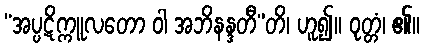
“အပ္ပဋိက္ကူလတော ဝါ အဘိနန္ဒတီ”တိ၊ ဟူ၍။ ဝုတ္တံ၊ ၏။